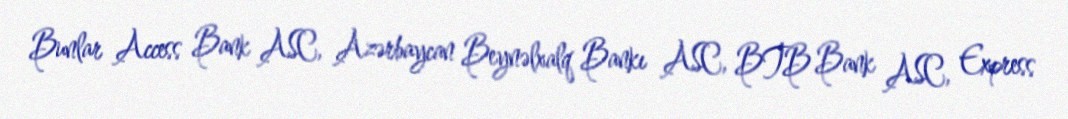
Bunlar Access Bank ASC, Azərbaycan Beynəlxalq Bankı ASC, BTB Bank ASC, Express